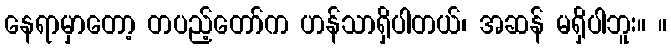
နေရာမှာတော့ တပည့်တော်က ဟန်သာရှိပါတယ်၊ အဆန် မရှိပါဘူး။ ။